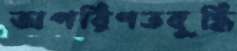
অপরিণতবুদ্ধি